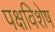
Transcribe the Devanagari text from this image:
पक्षविशेष